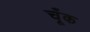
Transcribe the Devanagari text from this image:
चूँक